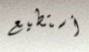
أستطيع